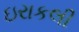
ઇરાકલી